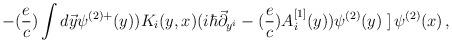
LaTeX: \begin{align*}- ({e \over c}) \int d\vec y \psi^{(2)+} (y))K_i(y,x) (i\hbar \vec \partial_{y^i} -({e \over c}) A_i^{[1]} (y)) \psi^{(2)} (y)\left. \right] \psi^{(2)} (x)\,,\end{align*}